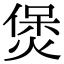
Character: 煲